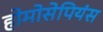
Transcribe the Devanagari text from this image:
होमोसेपियंस